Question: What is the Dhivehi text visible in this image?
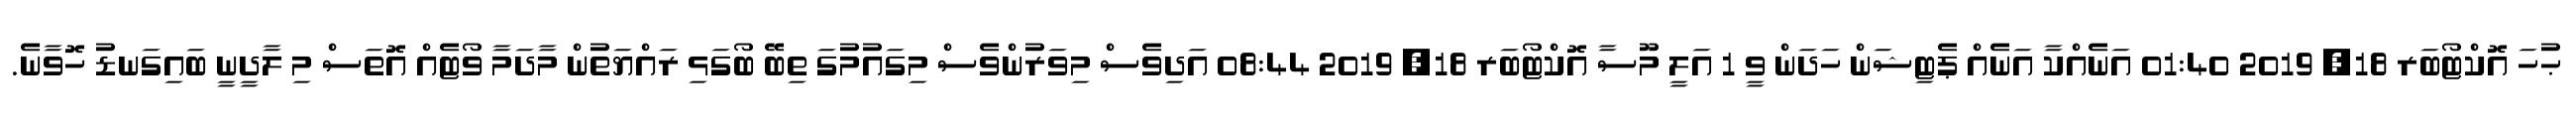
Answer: ޙުހަ އޮކްޓޯބަރ 18, 2019 01:40 އަނެއްކާ އަނެއް ޕެޓިޝަން ހަދަން ވީ 1 އަލީ މޫސާ އޮކްޓޯބަރ 18, 2019 08:44 އަދިވެސް މިވަރުންވެސް މިގައުމުގަ ތިބޭ ބޯގަޅި ރައްޔަތުން މާދަމާ ވޯޓެއް އޮތަސް މި ލާދީނީ ބައިގަނޑު ހޮވާނެ.